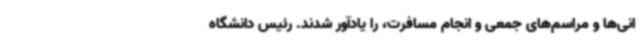
انی‌ها و مراسم‌های جمعی و انجام مسافرت، را یادآور شدند. رئیس دانشگاه